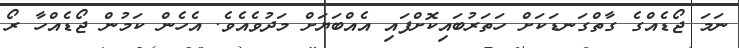
ނަމަ ޖޯޑެއްގެ ގާތްގަނޑަކަށް ހަތަރުބައިކޮށްފައި އެއްބަޔަށް މަދުވެއެވެ. އެހެން ކަމުން ޖޯޑެއްހާ ރޯ